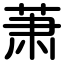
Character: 萧